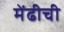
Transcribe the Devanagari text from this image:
मेंढीची